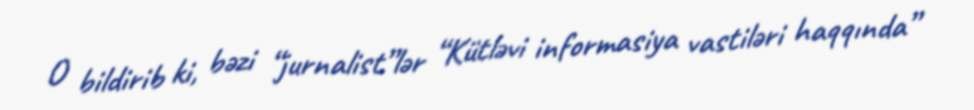
O bildirib ki, bəzi “jurnalist”lər “Kütləvi informasiya vastiləri haqqında”